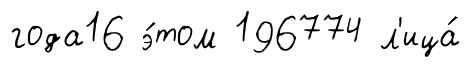
года16 э́том 196774 л'ица́